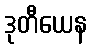
ဒုတီယေန